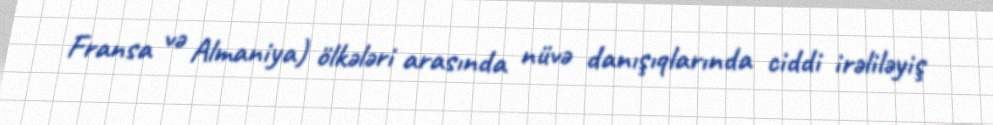
Fransa və Almaniya) ölkələri arasında nüvə danışıqlarında ciddi irəliləyiş